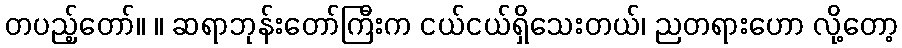
တပည့်တော်။ ။ ဆရာဘုန်းတော်ကြီးက ငယ်ငယ်ရှိသေးတယ်၊ ညတရားဟော လို့တော့